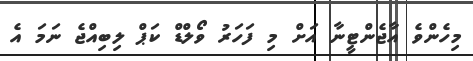
މިހެންވެ އާޖެންޓީނާ އަށް މި ފަހަރު ވޯލްޑް ކަޕް ލިބިއްޖެ ނަމަ އެ